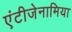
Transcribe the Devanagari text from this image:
एंटीजेनामिया